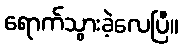
ရောက်သွားခဲ့လေပြီ။